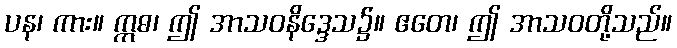
ပန၊ ကား။ ဣဓ၊ ဤ အာသဝနိဒ္ဒေသ၌။ ဧတေ၊ ဤ အာသဝတို့သည်။